Report of the Indian Hemp Drugs Commission, 1894-1895 - Volume V
Year: 1894
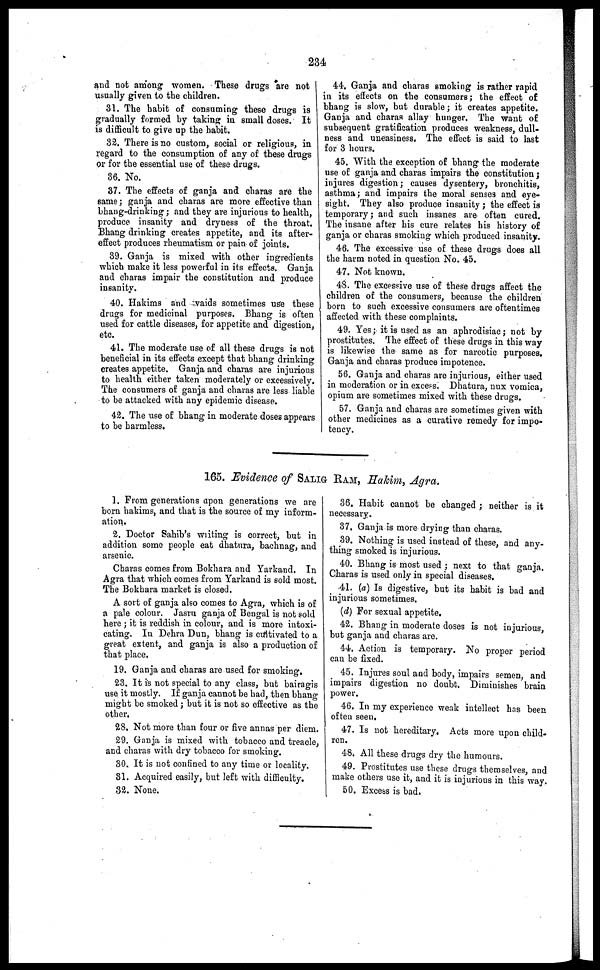
234
and not among women. These drugs are not I
usually given to the children.
31. The habit of consuming these drugs is
gradually formed by taking in small doses. It
is difficult to give up the habit.
32. There is no custom, social or religious, in
regard to the consumption of any of these drugs
or for the essential use of these drugs.
36. No.
37. The effects of ganja and charas are the
same ; ganja and charas are more effective than
bhang-drinking ; and they are injurious to health,
produce insanity and dryness of the throat.
Bhang drinking creates appetite, and its after-
effect produces rheumatism or pain of joints.
39. Ganja is mixed with other ingredients
which make it less powerful in its effects. Ganja
and charas impair the constitution and produce
insanity.
40. Hakims and vaids sometimes use these
drugs for medicinal purposes. Bhang is often
used for cattle diseases, for appetite and digestion,
etc.
41. The moderate use of all these drugs is not
beneficial in its effects except that bhang drinking
creates appetite. Ganja and charas are injurious
to health either taken moderately or excessively.
The consumers of ganja and charas are less liable
to be attacked with any epidemic disease.
42. The use of bhang in moderate doses appears
to be harmless.
44. Ganja and charas smoking is rather rapid
in its effects on the consumers ; the effect of
bhang is slow, but durable ; it creates appetite,
Ganja and charas allay hunger. The want of
subsequent gratification produces weakness, dull-
ness and uneasiness. The effect is said to last
for 3 hours.
45. With the exception of bhang the moderate
use of ganja and charas impairs the constitution ;
injures digestion ; causes dysentery, bronchitis,
asthma ; and impairs the moral senses and eye-
sight. They also produce insanity ; the effect is
temporary ; and such insanes are often cured.
The insane after his cure relates his history of
ganja or charas smoking which produced insanity.
46. The excessive use of these drugs does all
the harm noted in question No. 45.
47. Not known.
48. The excessive use of these drugs affect the
children of the consumers, because the children
born to such excessive consumers are oftentimes
affected with these complaints.
49. Yes ; it is used as an aphrodisiac; not by
prostitutes. The effect of these drugs in this way
is likewise the same as for narcotic purposes,
Ganja and charas produce impotence.
56. Ganja and charas are injurious, either used
in moderation or in excess. Dhatura, nux vomica,
opium are sometimes mixed with these drugs.
57. Ganja and charas are sometimes given with
other medicines as a curative remedy for impo-
tency.
165. Evidence of SALIG RAM, Hakim, Agra.
1. From generations upon generations we are
born hakims, and that is the source of my inform-
ation.
2. Doctor Sahib's writing is correct, but in
addition some people eat dhatura, bachnag, and
arsenic.
Charas comes from Bokhara and Yarkand. In
Agra that which comes from Yarkand is sold most.
The Bokhara market is closed.
A sort of ganja also comes to Agra, which is of
a pale colour. Jasru ganja of Bengal is not sold
here ; it is reddish in colour, and is more intoxi-
cating. In Dehra Dun, bhang is cultivated to a
great extent, and ganja is also a production of
that place.
19. Ganja and charas are used for smoking,
23. It is not special to any class, but bairagis
use. it mostly. If ganja cannot be had, then bhang
might be smoked ; but it is not so effective as the
other.
28. Not more than four or five annas per diem.
29. Ganja is mixed with tobacco and treacle,
and charas with dry tobacco for smoking.
30. It is not confined to any time or locality.
31. Acquired easily, but left with difficulty.
32. None.
36. Habit cannot be changed ; neither is it
necessary.
37. Ganja is more drying than charas.
39. Nothing is used instead of these, and any-
thing smoked is injurious.
40. Bhang is most used ; next to that ganja.
Charas is used only in special diseases.
41. (a) Is digestive, but its habit is bad and
injurious sometimes.
(d) For sexual appetite,
42. Bhang in moderate doses is not injurious,
but ganja and charas are.
44. Action is temporary. No proper period
can be fixed.
45. Injures soul and body, impairs semen, and
impairs digestion no doubt. Diminishes brain
power.
46. In my experience weak intellect has been
often seen.
47. Is not hereditary. Acts more upon child-
ren.
48. All these drugs dry the humours.
49. Prostitutes use these drugs themselves, and
make others use it, and it is injurious in this way.
50. Excess is bad.